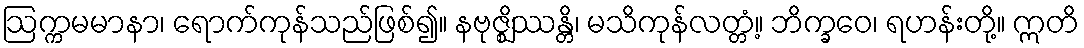
ဩက္ကမမာနာ၊ ရောက်ကုန်သည်ဖြစ်၍။ နဗုဇ္ဈိဿန္တိ၊ မသိကုန်လတ္တံ့။ ဘိက္ခဝေ၊ ရဟန်းတို့။ ဣတိ